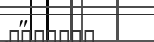
"